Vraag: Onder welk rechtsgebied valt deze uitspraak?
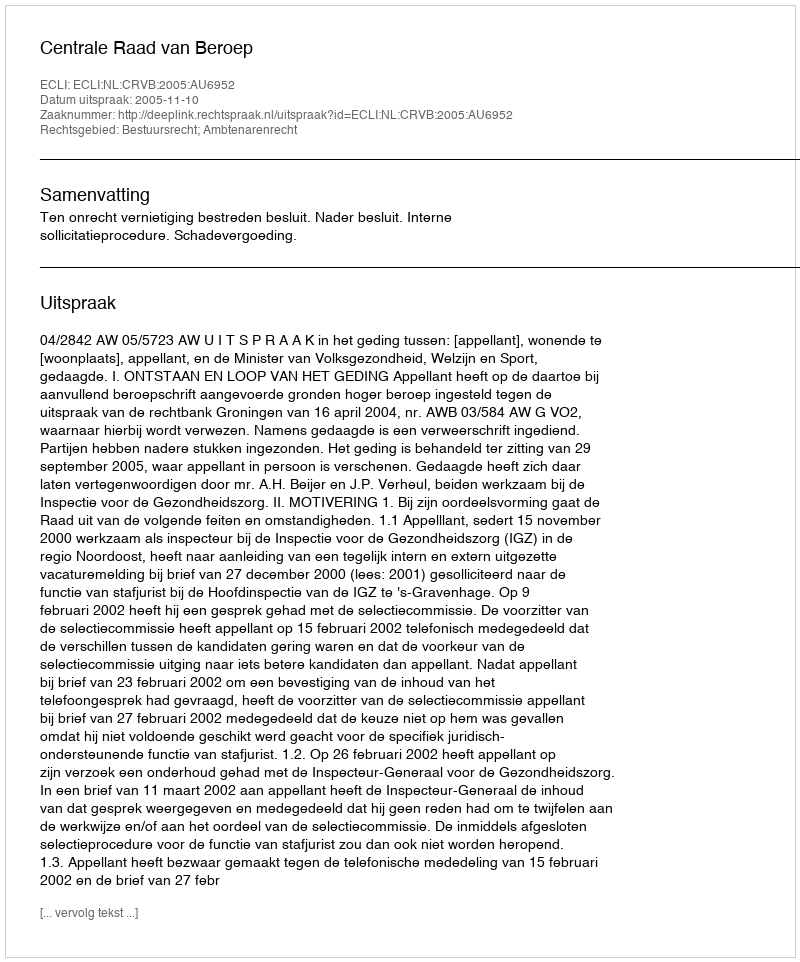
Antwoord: Bestuursrecht; Ambtenarenrecht